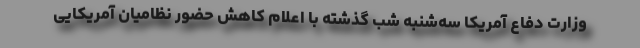
وزارت دفاع آمریکا سه‌شنبه شب گذشته با اعلام کاهش حضور نظامیان آمریکایی